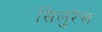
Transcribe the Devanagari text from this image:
सिलुरेस